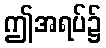
ဤအရပ်၌